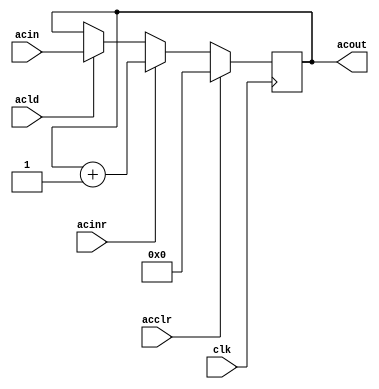
`timescale 1ns/100ps

module ac(acld, acclr, acinr, clk, acin, acout);

input [15:0] acin;
output [15:0] acout;
input acclr, acinr, acld;
input clk;

reg [15:0] r_ac;

initial
begin
	r_ac <= 0;
end

assign acout = r_ac;

always@(posedge clk)
begin
	if(acclr) r_ac <= 0;
	else if(acinr) r_ac <= r_ac + 1;
	else if(acld) #5 r_ac <= acin;
end

endmodule